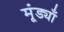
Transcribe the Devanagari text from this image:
मूंड्याँ